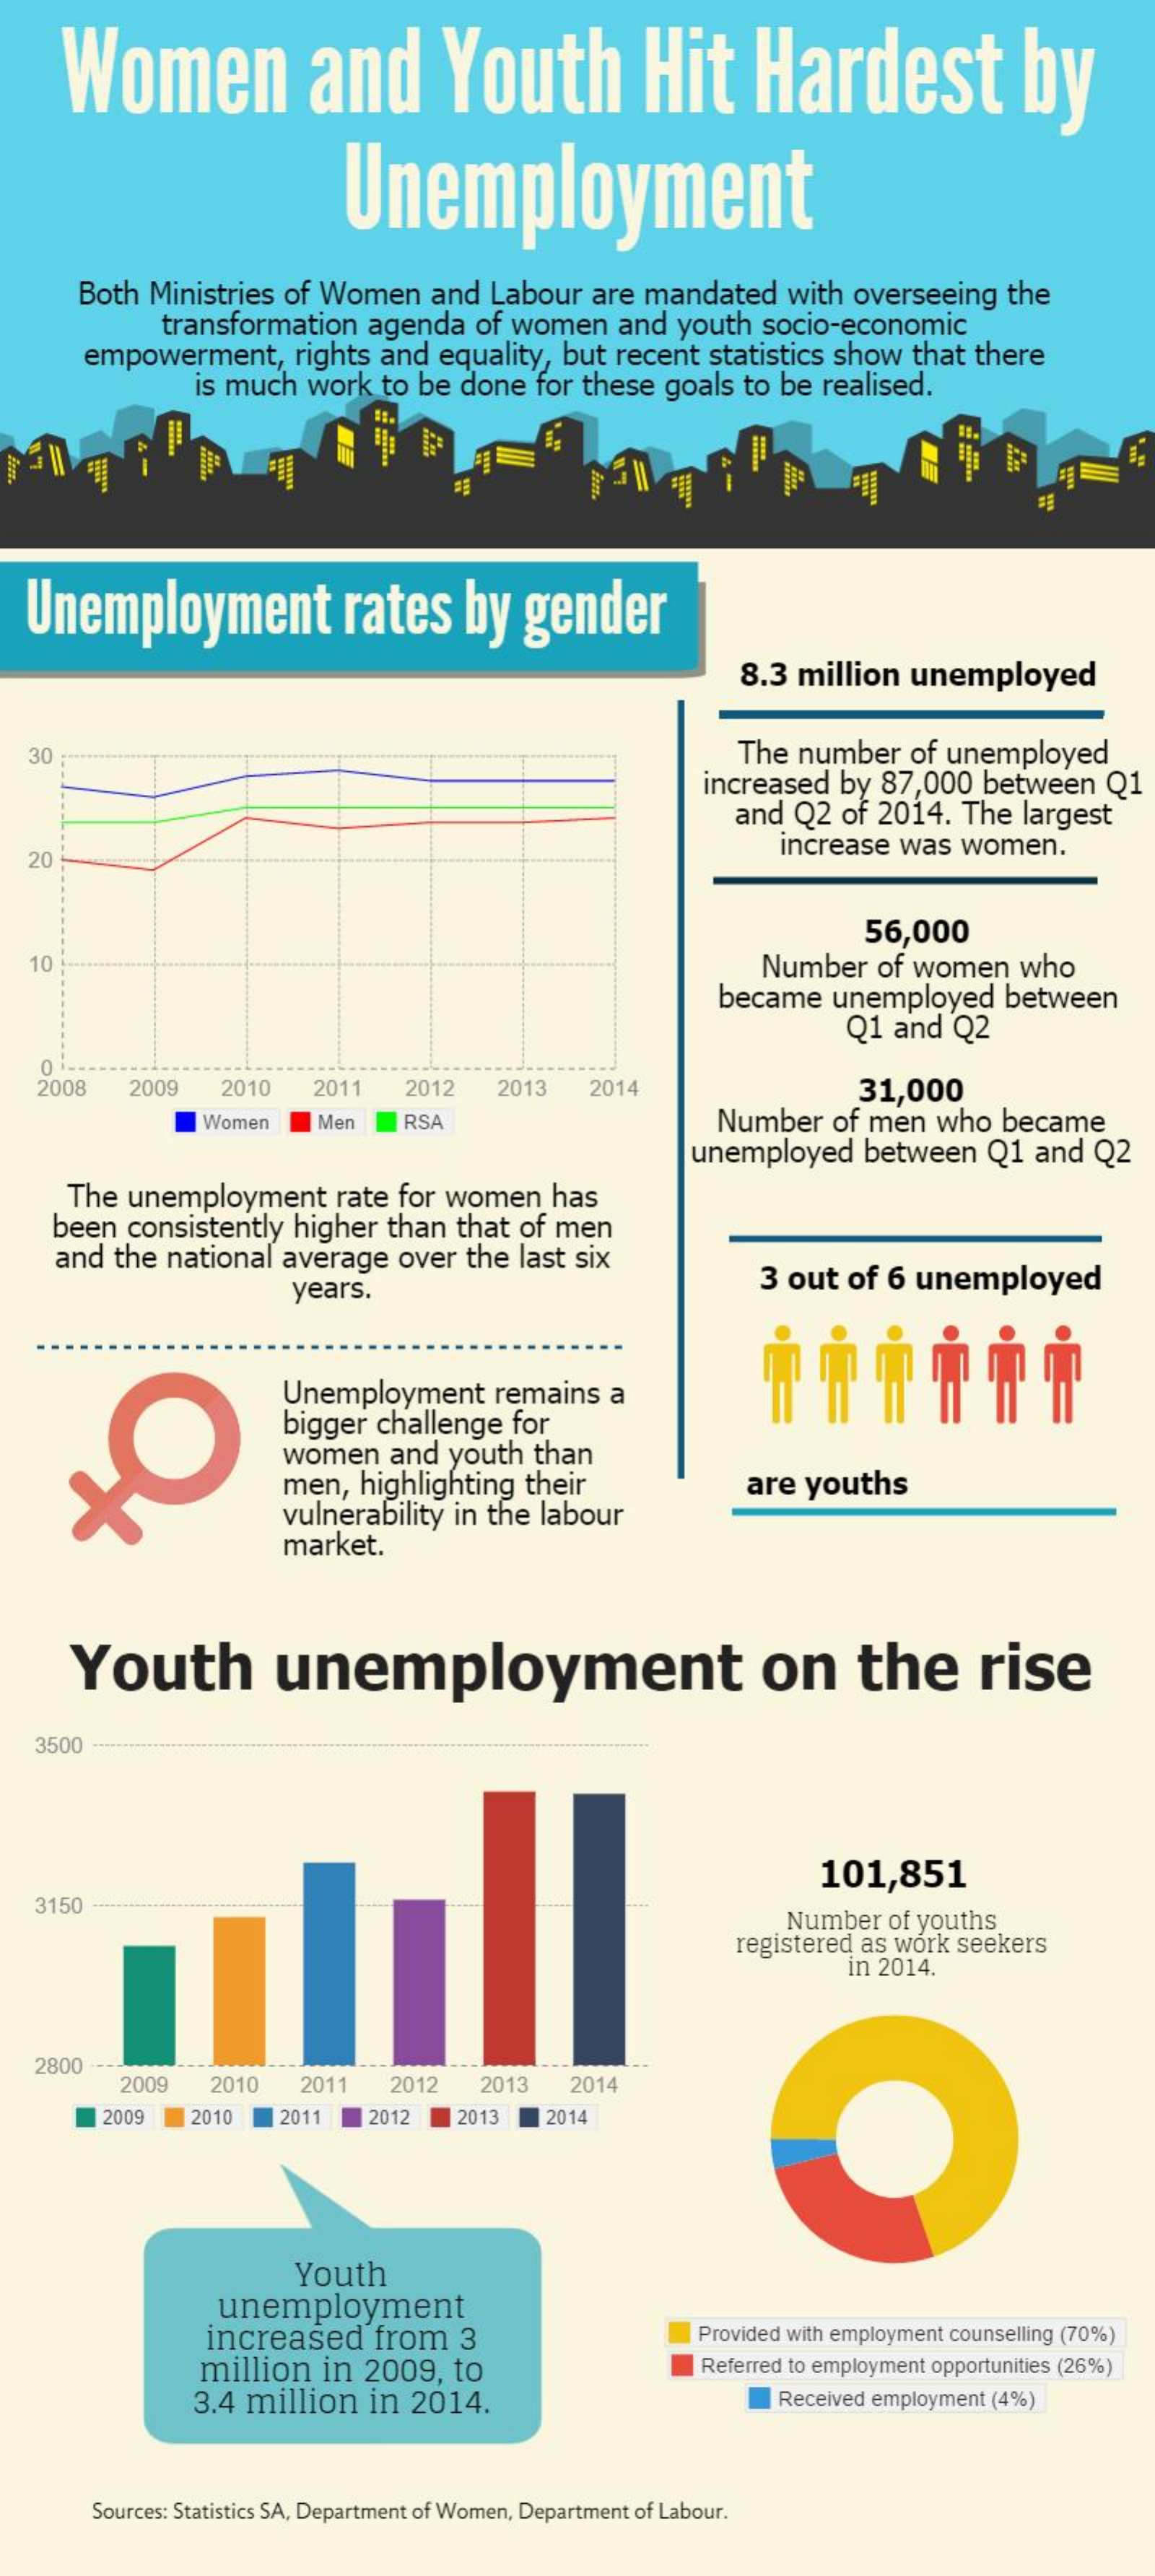
Women    and    Youth    Hit    Hardest    by
     Unemployment
     Both Ministries of Women and Labour are mandated with overseeing the
     transformation agenda of women and youth socio-economic
     empowerment, rights and equality, but recent statistics show that there
     is much work to be done for these goals to be realised.
  Unemployment    rates   by  gender
     8.3 million unemployed
  30    The number of unemployed
     increased by 87,000 between Q1
     and Q2 of 2014. The largest
  20
     increase was women.
     56,000
  10    Number of women who
     became unemployed between
     Q1 and Q2
   0 i-
   2008  2009  2010  2011  2012  2013 2014    31,000
     Women   Men  RSA    Number  of men who became
     unemployed between Q1 and Q2
     The unemployment rate for women has
    been consistently higher than that of men
    and the national average over the last six
     years.    3 out of 6 unemployed
     Unemployment remains a
     bigger challenge for
     women and youth than
     men, highlighting their
     vulnerability in the labour
     are youths
     market.
     Youth    unemployment    on    the    rise
   3500
     101,851
   3150
     Number of youths
     registered as work seekers
     in 2014.
   2800
     2009  2010  2011  2012 2013  2014
     2009  2010 2011  2012  2013  2014
     Youth
     unemployment
     increased from  3    Provided with employment counselling (70%)
     million in 2009, to    Referred to employment opportunities (26%)
     3.4 million in 2014.    Received employment (4%)
     Sources: Statistics SA, Department of Women, Department of Labour.